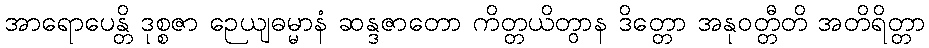
အာရောပေန္တိ ဒုစ္စဇာ ဉေယျဓမ္မာနံ ဆန္ဒဇာတော ကိတ္တယိတွာန ဒိတ္တော အနုဝတ္တီတိ အတိရိတ္တာ